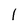
Character: 1